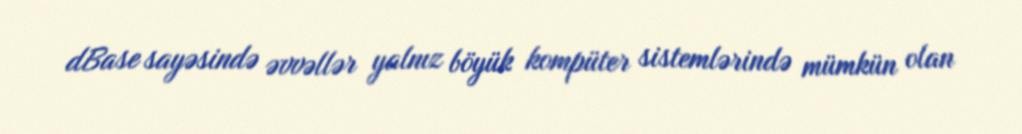
dBase sayəsində əvvəllər yalnız böyük kompüter sistemlərində mümkün olan